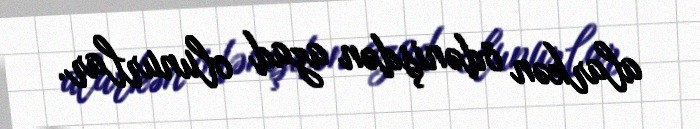
alarkən ödənişdən azad olunurlar.